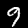
Label: 9